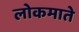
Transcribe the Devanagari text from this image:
लोकमाते